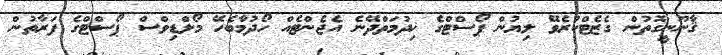
ޤާނޫނީގޮތުން ގެޒެޓްކުރެވޭ ލިޔުން ޕޯސްޓްގެ ޚިދުމަތްދޭނެ އެޖެންޓެއް ހޯދުމާބެހޭ މޯލްޑިވްސް ޕޯސްޓްގެ ފަރާތުން